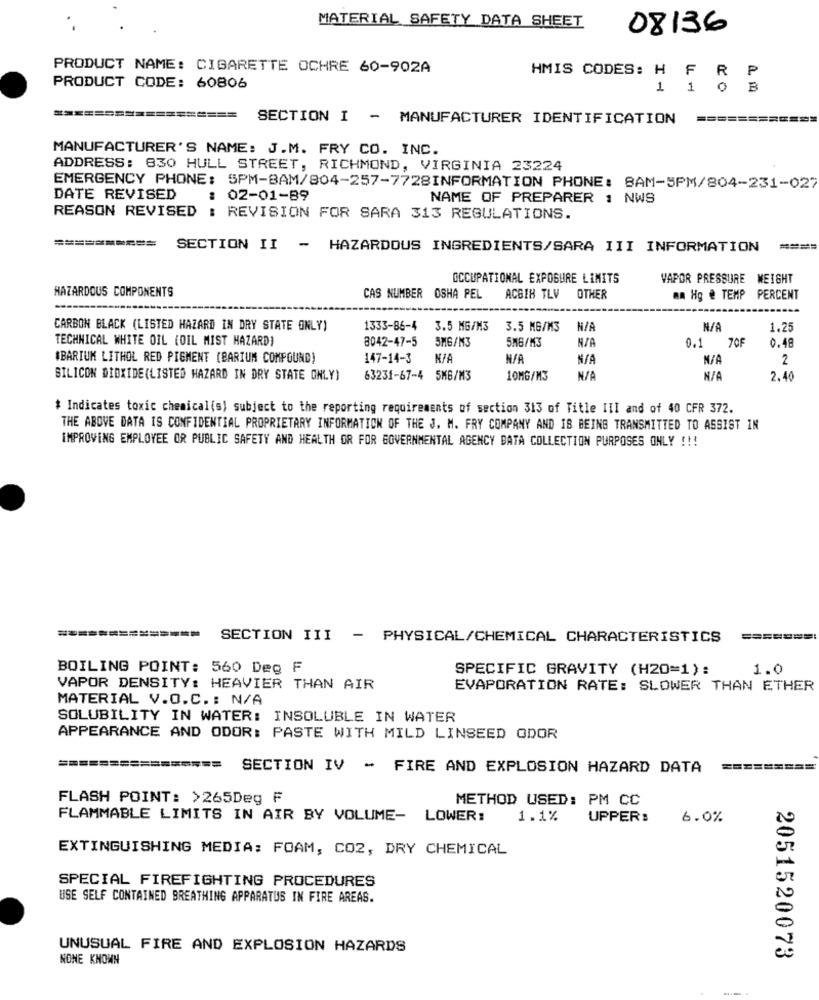
MATERIAL SAFETY DATA SHEET
08136
PRODUCT NAME: CIGARETTE OCHRE 60-902A
HMIS CODES: H
FRP
PRODUCT CODE: 60806
1 1
OB
==================
SECTION I - MANUFACTURER IDENTIFICATION
============
MANUFACTURER'S NAME: J.M. FRY CO. INC.
ADDRESS: 830 HULL STREET, RICHMOND, VIRGINIA 23224
EMERGENCY PHONE: 5PM-BAM/804-257-7728INFORMATION PHONE: BAM-5PM/804-231-027
DATE REVISED
02-01-89
NAME OF PREPARER : NWS
REASON REVISED : REVISION FOR SARA 313 REGULATIONS.
==========
SECTION II - HAZARDOUS INGREDIENTS/SARA III INFORMATION
====
OCCUPATIONAL EXPOSURE LIMITS
VAPOR PRESSURE WEIGHT
HAZARDOUS COMPONENTS
CAS NUMBER OSHA PEL
ACBIH TLV OTHER
mm Hg & TEMP PERCENT
CARBON BLACK (LISTED HAZARD IN DRY STATE ONLY)
1333-86-4
3.5 MG/M3
3.5 MG/M3
1.25
TECHNICAL WHITE OIL (OIL MIST HAZARD)
8042-47-5
5MG/M3
5MG/M3
0.1 70F
0.48
IBARIUM LITHOL RED PIGMENT (BARIUM COMPOUND)
147-14-3
2
SILICON DIOXIDE (LISTED HAZARD IN DRY STATE ONLY)
63231-67-4 5MB/M3
10MG/M3
2.40
* Indicates toxic chemical (s) subject to the reporting requirements of section 313 of Title III and of 40 CFR 372.
THE ABOVE DATA IS CONFIDENTIAL PROPRIETARY INFORMATION OF THE J. M. FRY COMPANY AND IS BEING TRANSMITTED TO ASSIST IN
IMPROVING EMPLOYEE OR PUBLIC SAFETY AND HEALTH OR FOR GOVERNMENTAL AGENCY DATA COLLECTION PURPOSES ONLY !!!
SECTION III - PHYSICAL/CHEMICAL CHARACTERISTICS
BOILING POINT: 560 Deg F
SPECIFIC GRAVITY (H20=1):
1.0
VAPOR DENSITY: HEAVIER THAN AIR
EVAPORATION RATE: SLOWER THAN ETHER
MATERIAL V.O.C .: N/A
SOLUBILITY IN WATER: INSOLUBLE IN WATER
APPEARANCE AND ODOR: PASTE WITH MILD LINSEED ODOR
================
SECTION IV - FIRE AND EXPLOSION HAZARD DATA
FLASH POINT: >265Deg F
METHOD USED: PM CC
FLAMMABLE LIMITS IN AIR BY VOLUME- LOWER:
1.1%
UPPERS
6.0%
EXTINGUISHING MEDIA: FOAM, CO2, DRY CHEMICAL
SPECIAL FIREFIGHTING PROCEDURES
USE SELF CONTAINED BREATHING APPARATUS IN FIRE AREAS.
UNUSUAL FIRE AND EXPLOSION HAZARDS
NONE KNOWN
2051520073